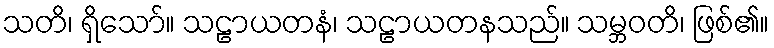
သတိ၊ ရှိသော်။ သဠာယတနံ၊ သဠာယတနသည်။ သမ္ဘဝတိ၊ ဖြစ်၏။